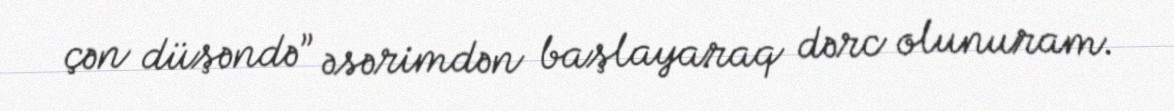
çən düşəndə” əsərimdən başlayaraq dərc olunuram.